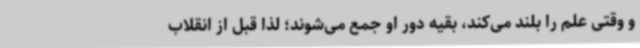
و وقتی علم را بلند می‌کند، بقیه دور او جمع می‌شوند؛ لذا قبل از انقلاب